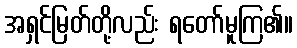
အရှင်မြတ်တို့လည်း ရတော်မူကြ၏။